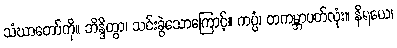
သံဃာတော်ကို။ ဘိန္ဒိတွာ၊ သင်းခွဲသောကြောင့်။ ကပ္ပံ၊ တကမ္ဘာပတ်လုံး။ နိရယေ၊